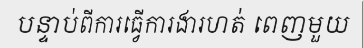
បន្ទាប់ពីការធ្វើការងារហត់ ពេញមួយ